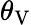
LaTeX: \theta_{\mathrm{V}}